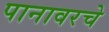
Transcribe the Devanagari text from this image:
पानावरचे